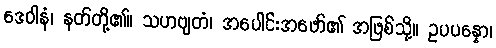
ဒေဝါနံ၊ နတ်တို့၏။ သဟဗျတံ၊ အပေါင်းအဖော်၏ အဖြစ်သို့။ ဥပပန္နော၊